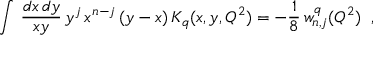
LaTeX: \int \, { \frac { d x \, d y } { x y } } \, y ^ { j } \, x ^ { n - j } \, ( y - x ) \, K _ { q } ( x , y , Q ^ { 2 } ) = - { \frac { 1 } { 8 } } \, w _ { n , j } ^ { q } ( Q ^ { 2 } ) \; \; ,